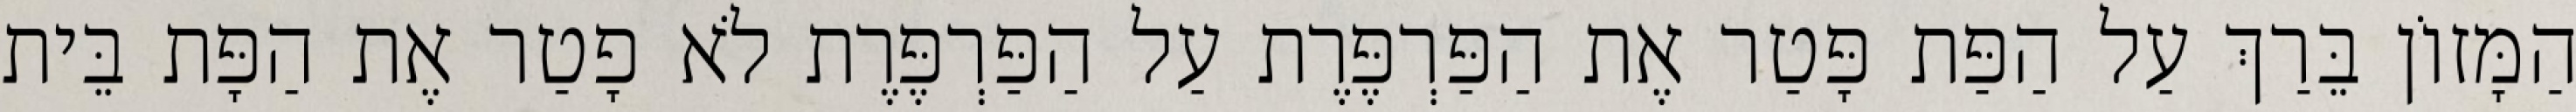
הַמָּזוֹן בֵּרַךְ עַל הַפַּת פָּטַר אֶת הַפַּרְפֶּרֶת עַל הַפַּרְפֶּרֶת לֹא פָטַר אֶת הַפָּת בֵּית